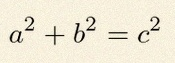
a^2+b^2=c^2